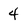
Character: 4